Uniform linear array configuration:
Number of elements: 8
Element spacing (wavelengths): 0.25
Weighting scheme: kaiser
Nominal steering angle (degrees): -60
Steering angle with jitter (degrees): -60.634
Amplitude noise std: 0.05
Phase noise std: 0.05

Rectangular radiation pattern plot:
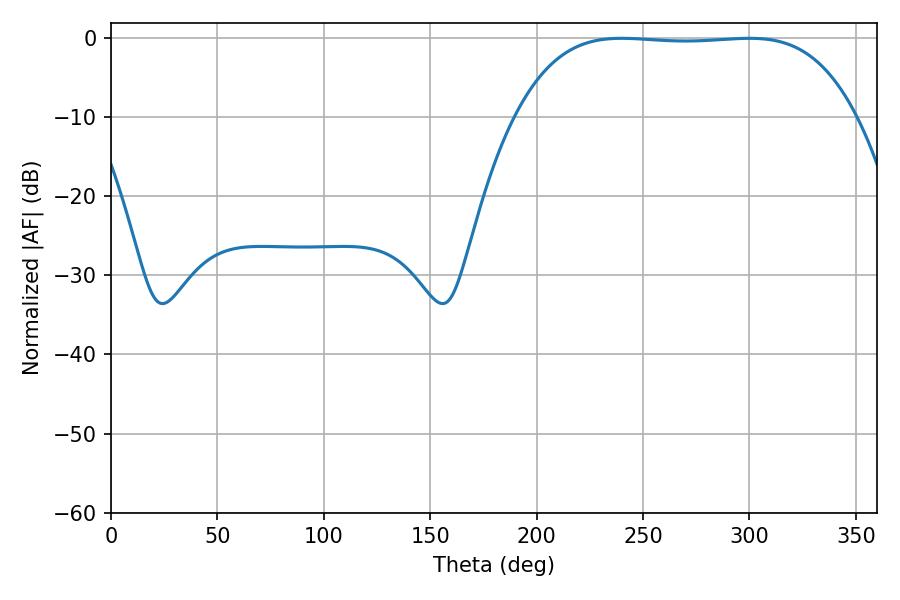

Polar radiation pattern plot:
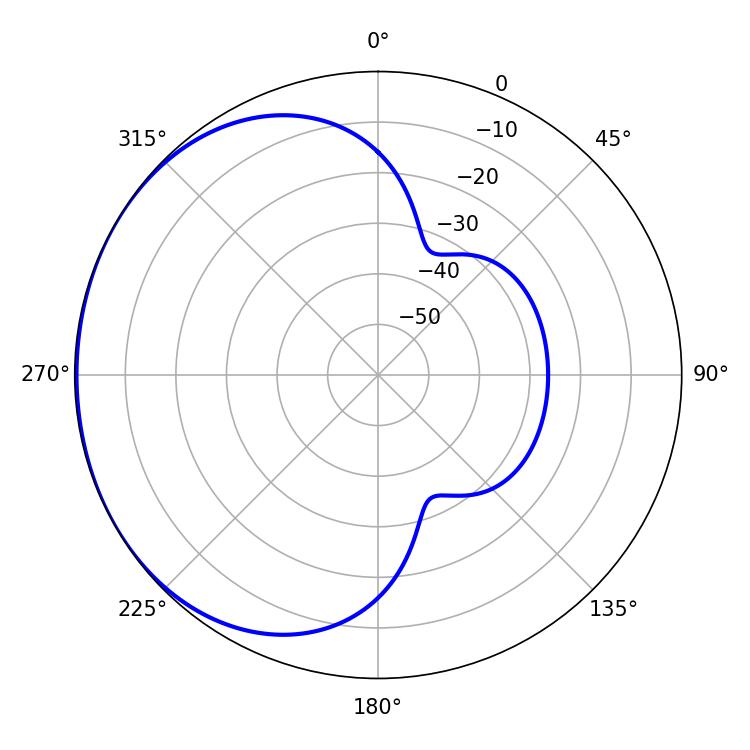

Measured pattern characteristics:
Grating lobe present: FALSE
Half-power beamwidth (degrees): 123.84
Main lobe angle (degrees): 239.94